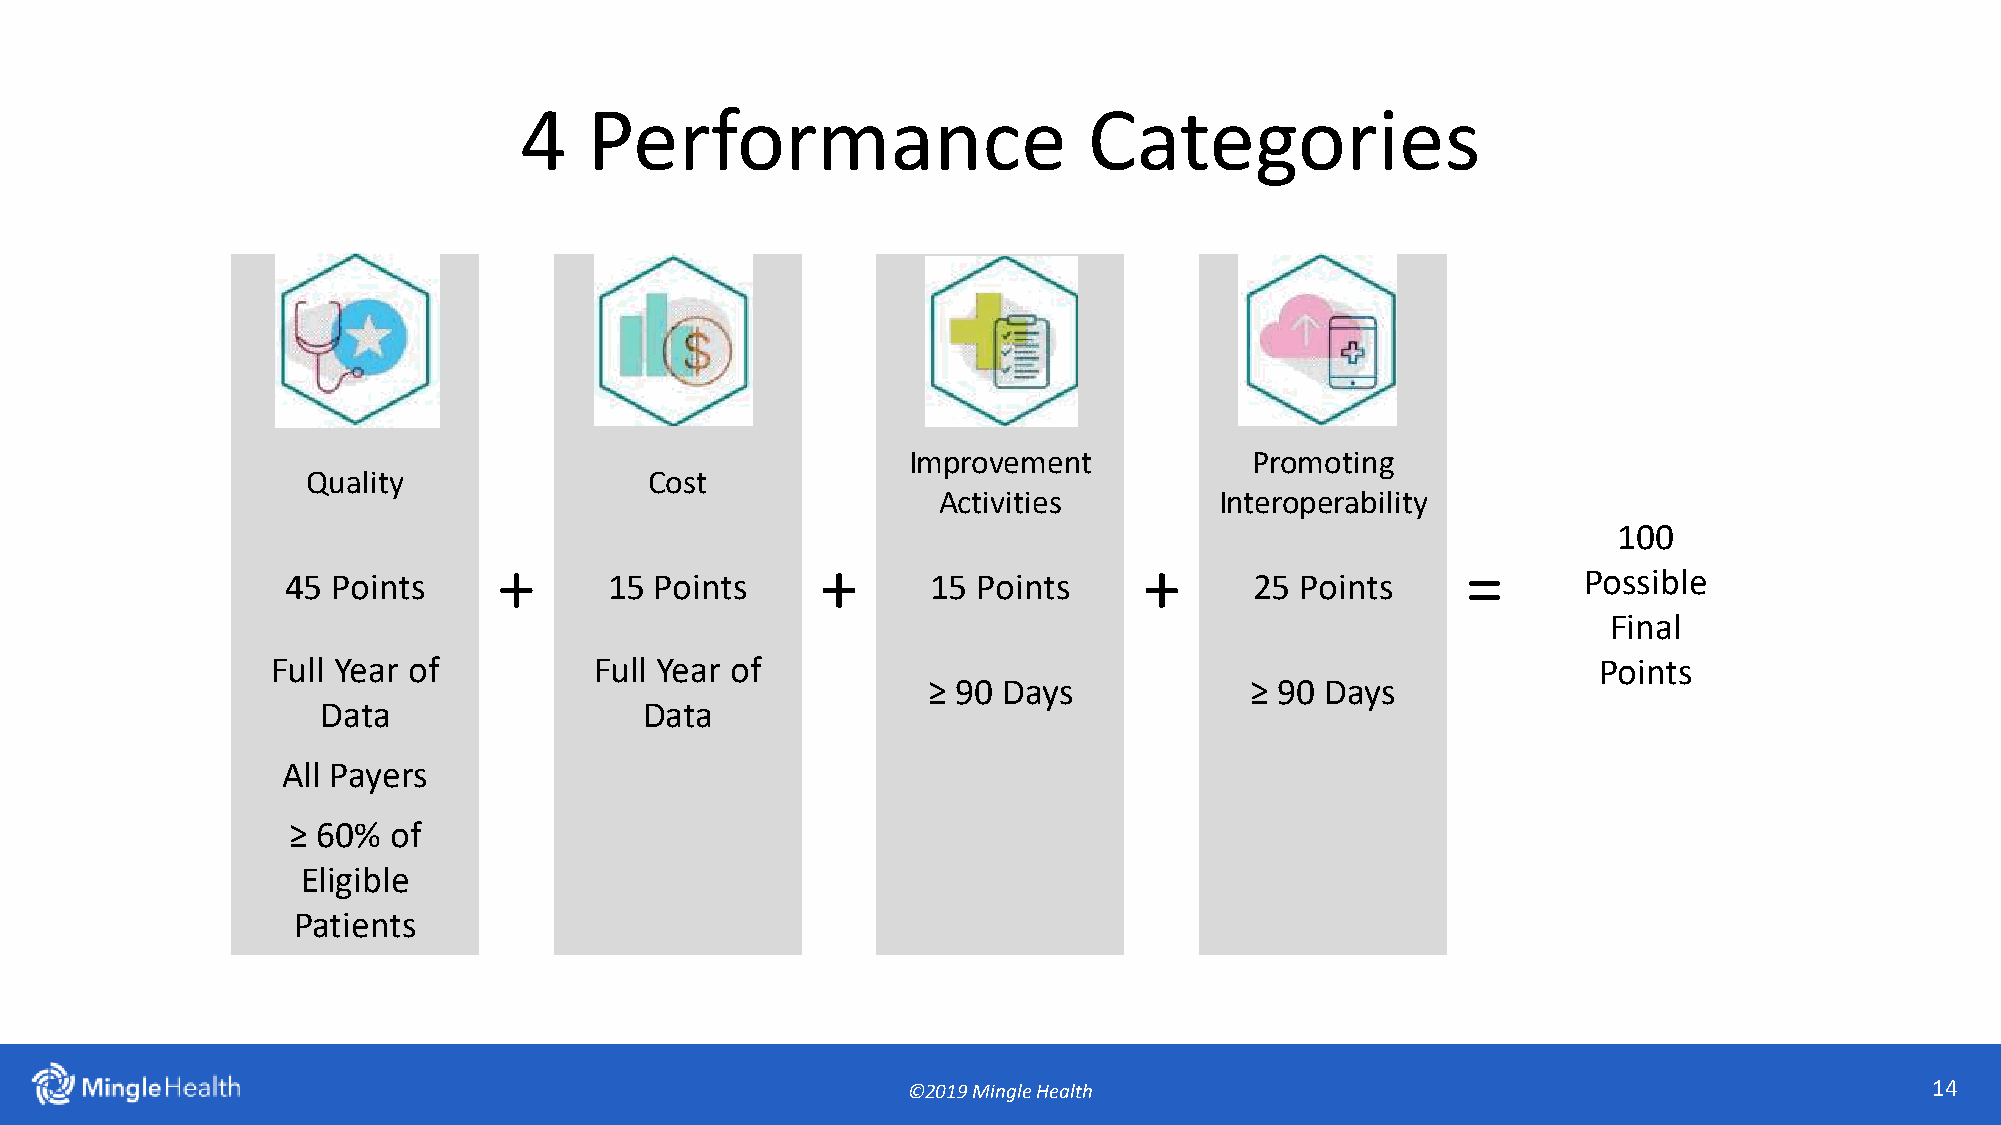
4    Performance                      Categories
 Improvement            Promoting
 Quality                Cost
 Activities         Interoperability
 100
 +                    +                     +                    =
 45 Points            15 Points             15 Points            25 Points             Possible
 Final
 Full Year of         Full Year of                                                       Points
 ≥ 90 Days             ≥ 90 Days
 Data                  Data
 All Payers
 ≥ 60%  of
 Eligible
 Patients
 ©2019 Mingle Health                                                 14